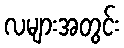
လများအတွင်း